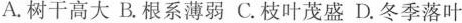
A.树干高大 B.根系薄弱 C.枝叶茂盛 D.冬季落叶